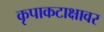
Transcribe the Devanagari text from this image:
कृपाकटाक्षावर